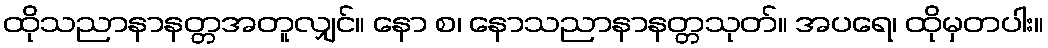
ထိုသညာနာနတ္တအတူလျှင်။ နော စ၊ နောသညာနာနတ္တသုတ်။ အပရေ၊ ထိုမှတပါး။